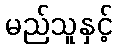
မည်သူနှင့်